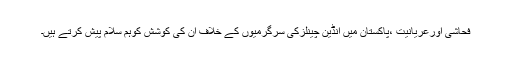
فحاشی اورعریانیت ،پاکستان میں انڈین چینلزکی سرگرمیوں کے خلاف ان کی کوشش کوہم سلام پیش کرتے ہیں۔